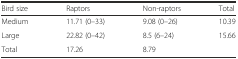
<table><thead><tr><td><b>Bird size</b></td><td><b>Raptors</b></td><td><b>Non-raptors</b></td><td><b>Total</b></td></tr></thead><tbody><tr><td>Medium</td><td>11.71 (0–33)</td><td>9.08 (0–26)</td><td>10.39</td></tr><tr><td>Large</td><td>22.82 (0–42)</td><td>8.5 (6–24)</td><td>15.66</td></tr><tr><td>Total</td><td>17.26</td><td>8.79</td><td></td></tr></tbody></table>